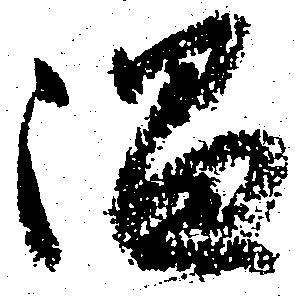
温